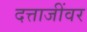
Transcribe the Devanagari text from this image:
दत्ताजींवर